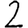
Digit: 2